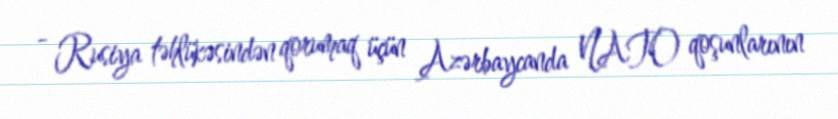
- Rusiya təhlükəsindən qorumaq üçün Azərbaycanda NATO qoşunlarının